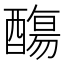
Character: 𨢩